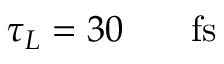
\tau _ { L } = 3 0 \ensuremath { \mathrm { ~ \textrm ~ { ~ \, ~ } ~ } } \ensuremath { \mathrm { f s } }